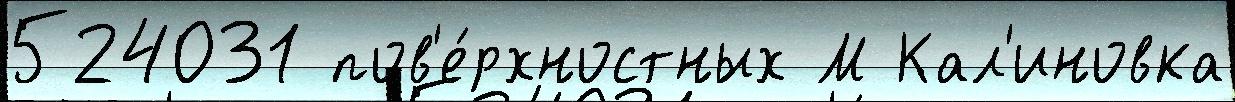
524031 пов'е́рхностных М Кал'иновка